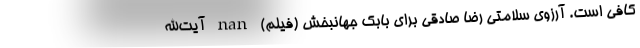
کافی است. آرزوی سلامتی رضا صادقی برای بابک جهانبخش (فیلم) nan آیت‌الله